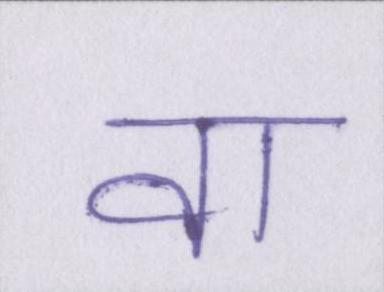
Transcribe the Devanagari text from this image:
वा